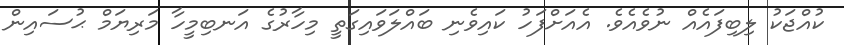
ކުއްޖަކު ލިބިފައެއް ނުވެއެވެ. އެއަށްފަހު ކައިވެނި ބައްލަވައިގަތީ މިހާރުގެ އަނބިމީހާ މަރިޔަމް ޙުސައިން